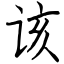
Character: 该